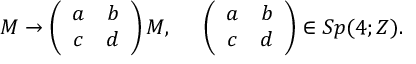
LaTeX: M \rightarrow \left( \begin{array} { c c } { { a } } & { { b } } \\ { { c } } & { { d } } \end{array} \right) M , \; \; \; \; \; \left( \begin{array} { c c } { { a } } & { { b } } \\ { { c } } & { { d } } \end{array} \right) \in S p ( 4 ; Z ) .